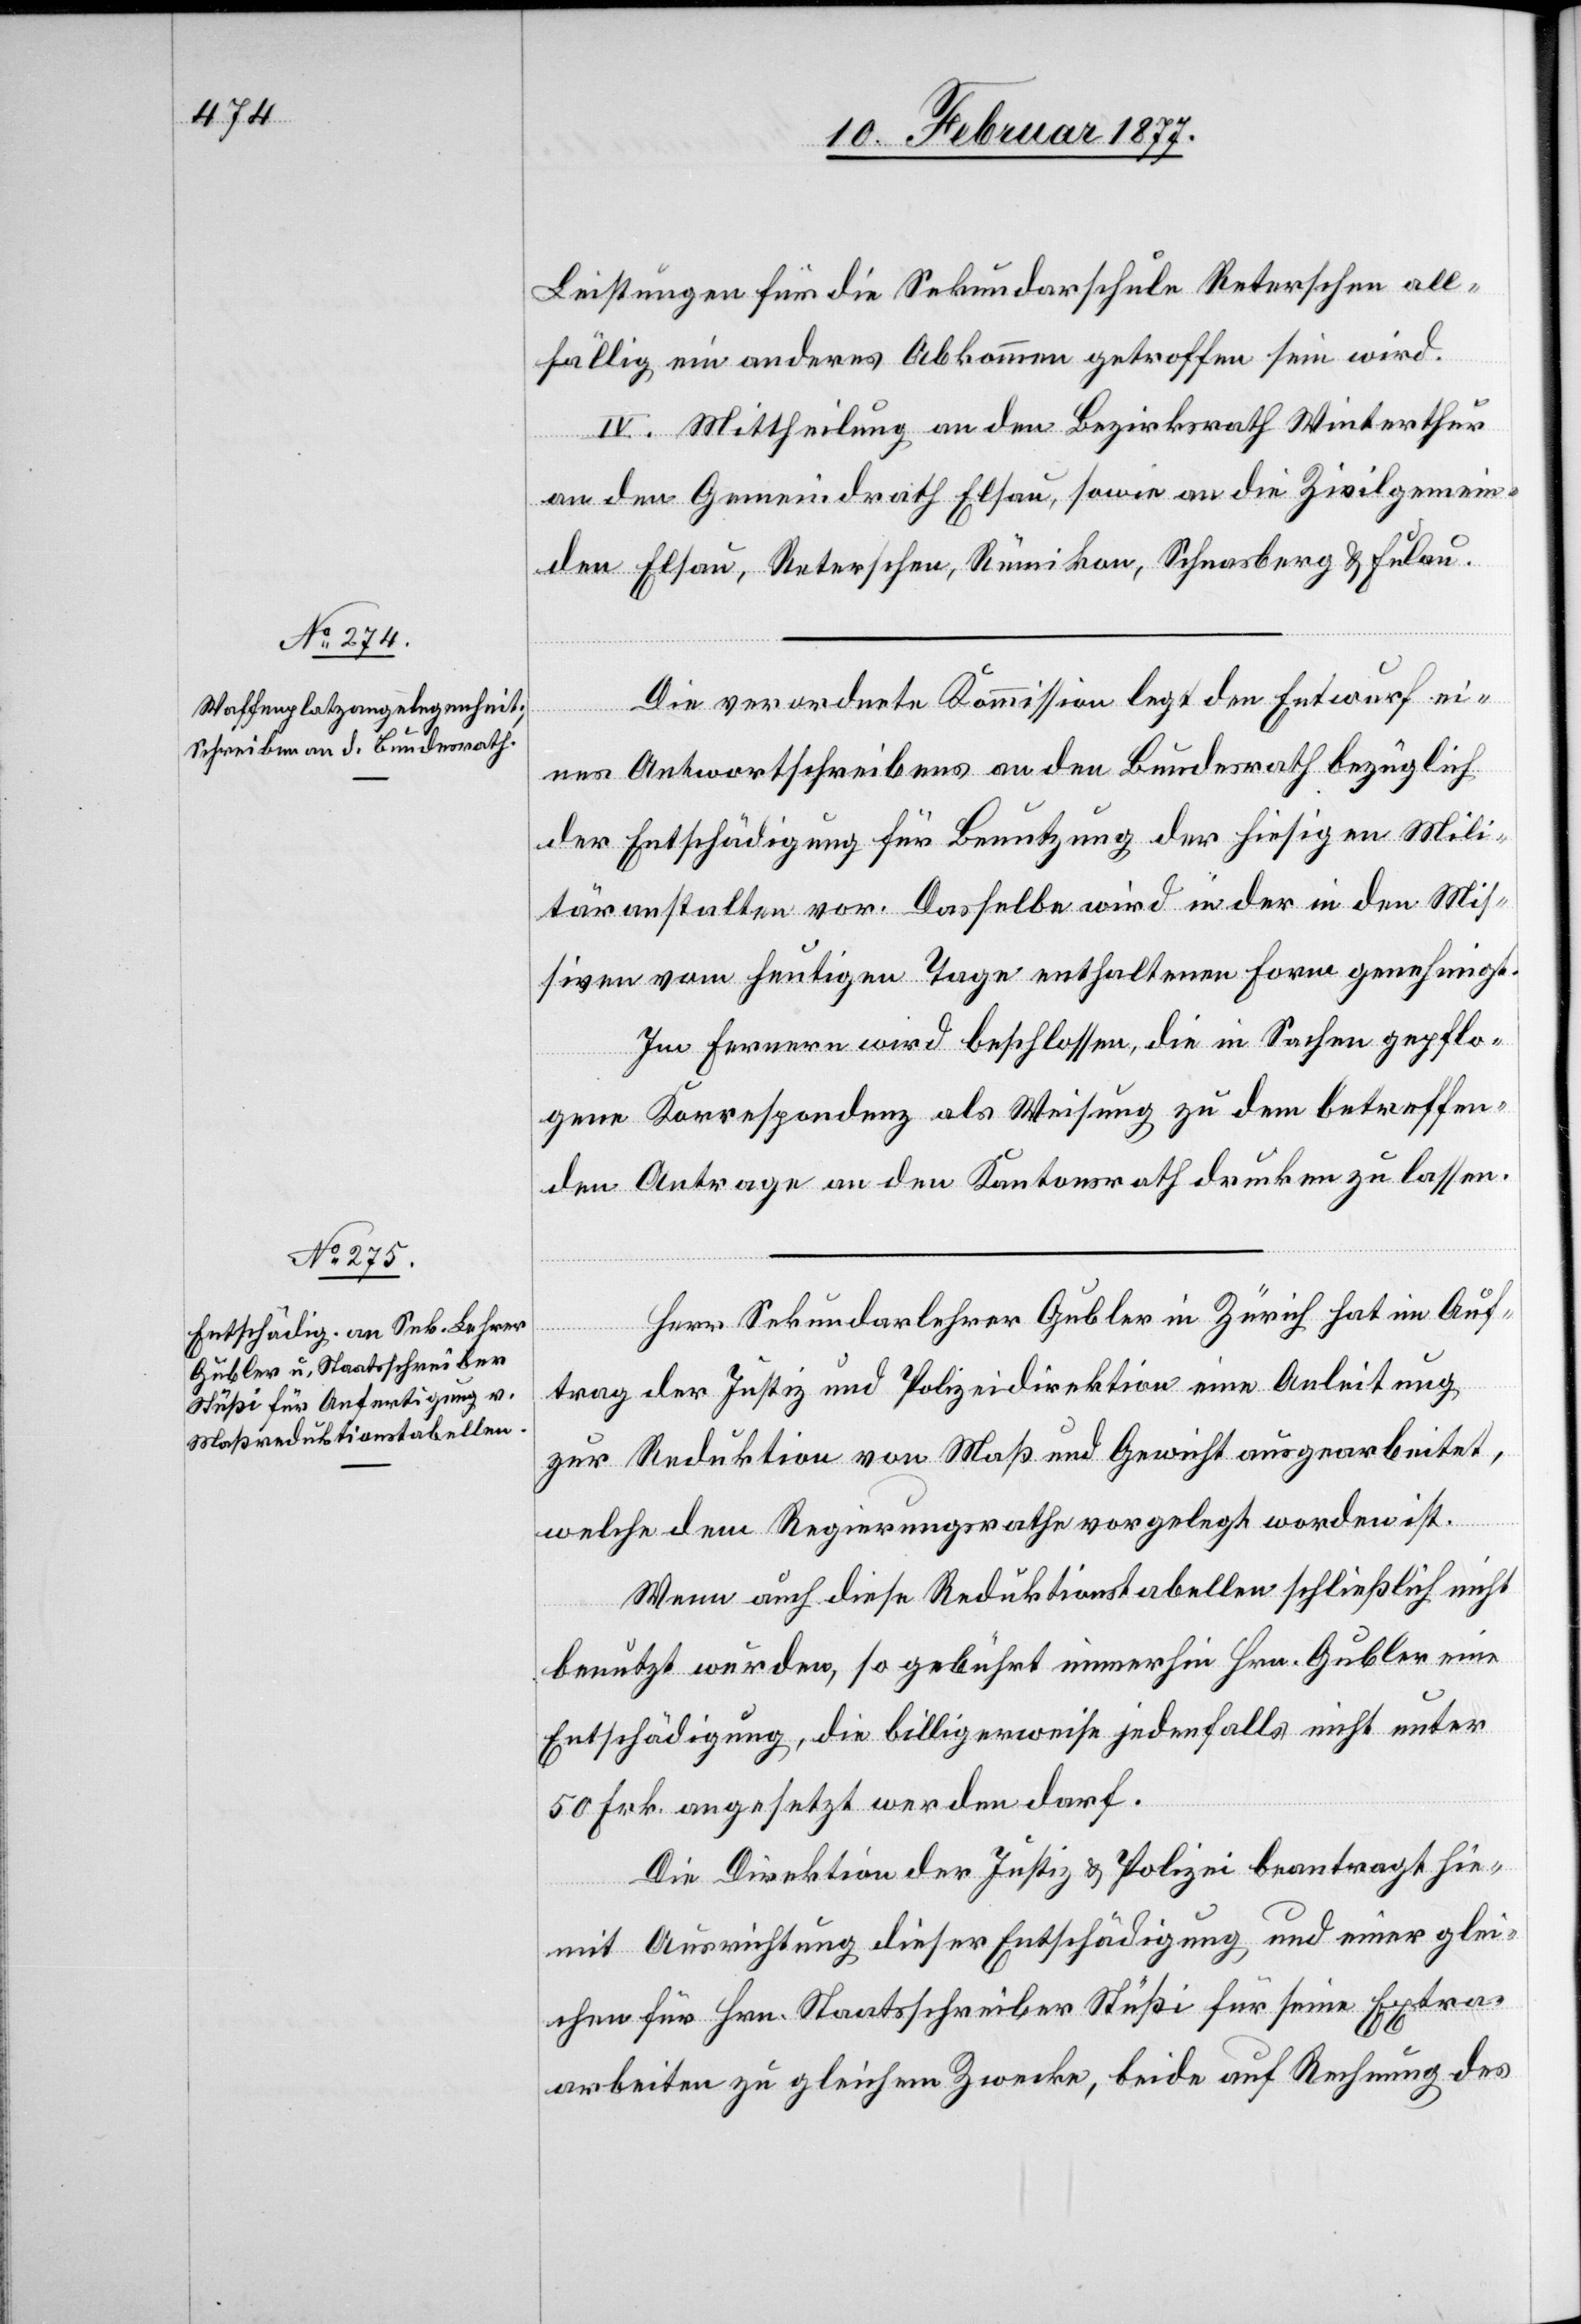
Leistungen für die Sekundarschule Reterschen all¬
fällig ein anderes Abkommen getroffen sein wird.
IV. Mittheilung an den Bezirksrath Winterthur
an den Gemeindrath Elsau, sowie an die Zivilgemein¬
den Elsau, Reterschen, Rümikon, Schnasberg & Fulau.
Die verordnete Kommission legt den Entwurf ei¬
nes Antwortschreibens an den Bundesrath bezüglich
der Entschädigung für Benutzung der hiesigen Mili¬
täranstalten vor. Dasselbe wird in der in den Mis¬
siven vom heutigen Tage enthaltenen Form genehmigt.
Ferner wird beschlossen, die in Sachen gepflo¬
gene Korrespondenz als Weisung zu dem betreffen¬
den Antrage an den Kantonsrath drucken zu lassen.
Herr Sekundarlehrer Gubler in Zürich hat im Auf¬
trag der Justiz[-] und Polizeidirektion eine Anleitung
zur Reduktion von Maß und Gewicht ausgearbeitet,
welche dem Regierungsrathe vorgelegt worden ist.
Wenn auch diese Reduktionstabellen schließlich nicht
benutzt wurden, so gebührt immerhin Hrn. Gubler eine
Entschädigung, die billigerweise jedenfalls nicht unter
50 Frk. angesetzt werden darf.
Die Direktion der Justiz & Polizei beantragt hie¬
mit Ausrichtung dieser Entschädigung und einer glei¬
chen für Hrn. Staatsschreiber Stüßi für seine Extra¬
arbeiten zu gleichem Zwecke, beide auf Rechnung des